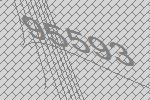
95593